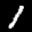
Label: 1